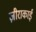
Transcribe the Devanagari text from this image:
ज़ीराकाई